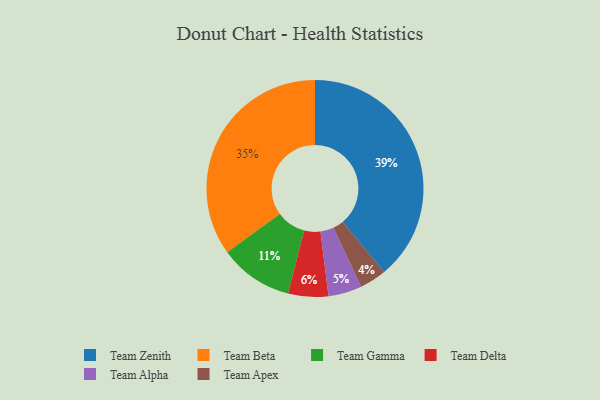
{"axis": {"x": "Category", "y": "Percentage"}, "legend": ["Team Alpha", "Team Apex", "Team Beta", "Team Delta", "Team Gamma", "Team Zenith"], "data": [{"x": "Team Alpha", "y": 5, "type": "Team Alpha"}, {"x": "Team Gamma", "y": 11, "type": "Team Gamma"}, {"x": "Team Zenith", "y": 39, "type": "Team Zenith"}, {"x": "Team Delta", "y": 6, "type": "Team Delta"}, {"x": "Team Beta", "y": 35, "type": "Team Beta"}, {"x": "Team Apex", "y": 4, "type": "Team Apex"}]}